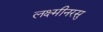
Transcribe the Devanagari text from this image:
लक्ष्मीनरसु